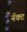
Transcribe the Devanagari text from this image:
नॅक्ट